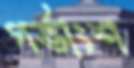
গর্ভাংশ